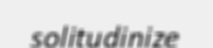
solitudinize